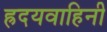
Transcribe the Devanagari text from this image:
ह्रदयवाहिनी